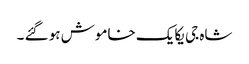
شاہ جی یکایک خاموش ہو گئے ۔